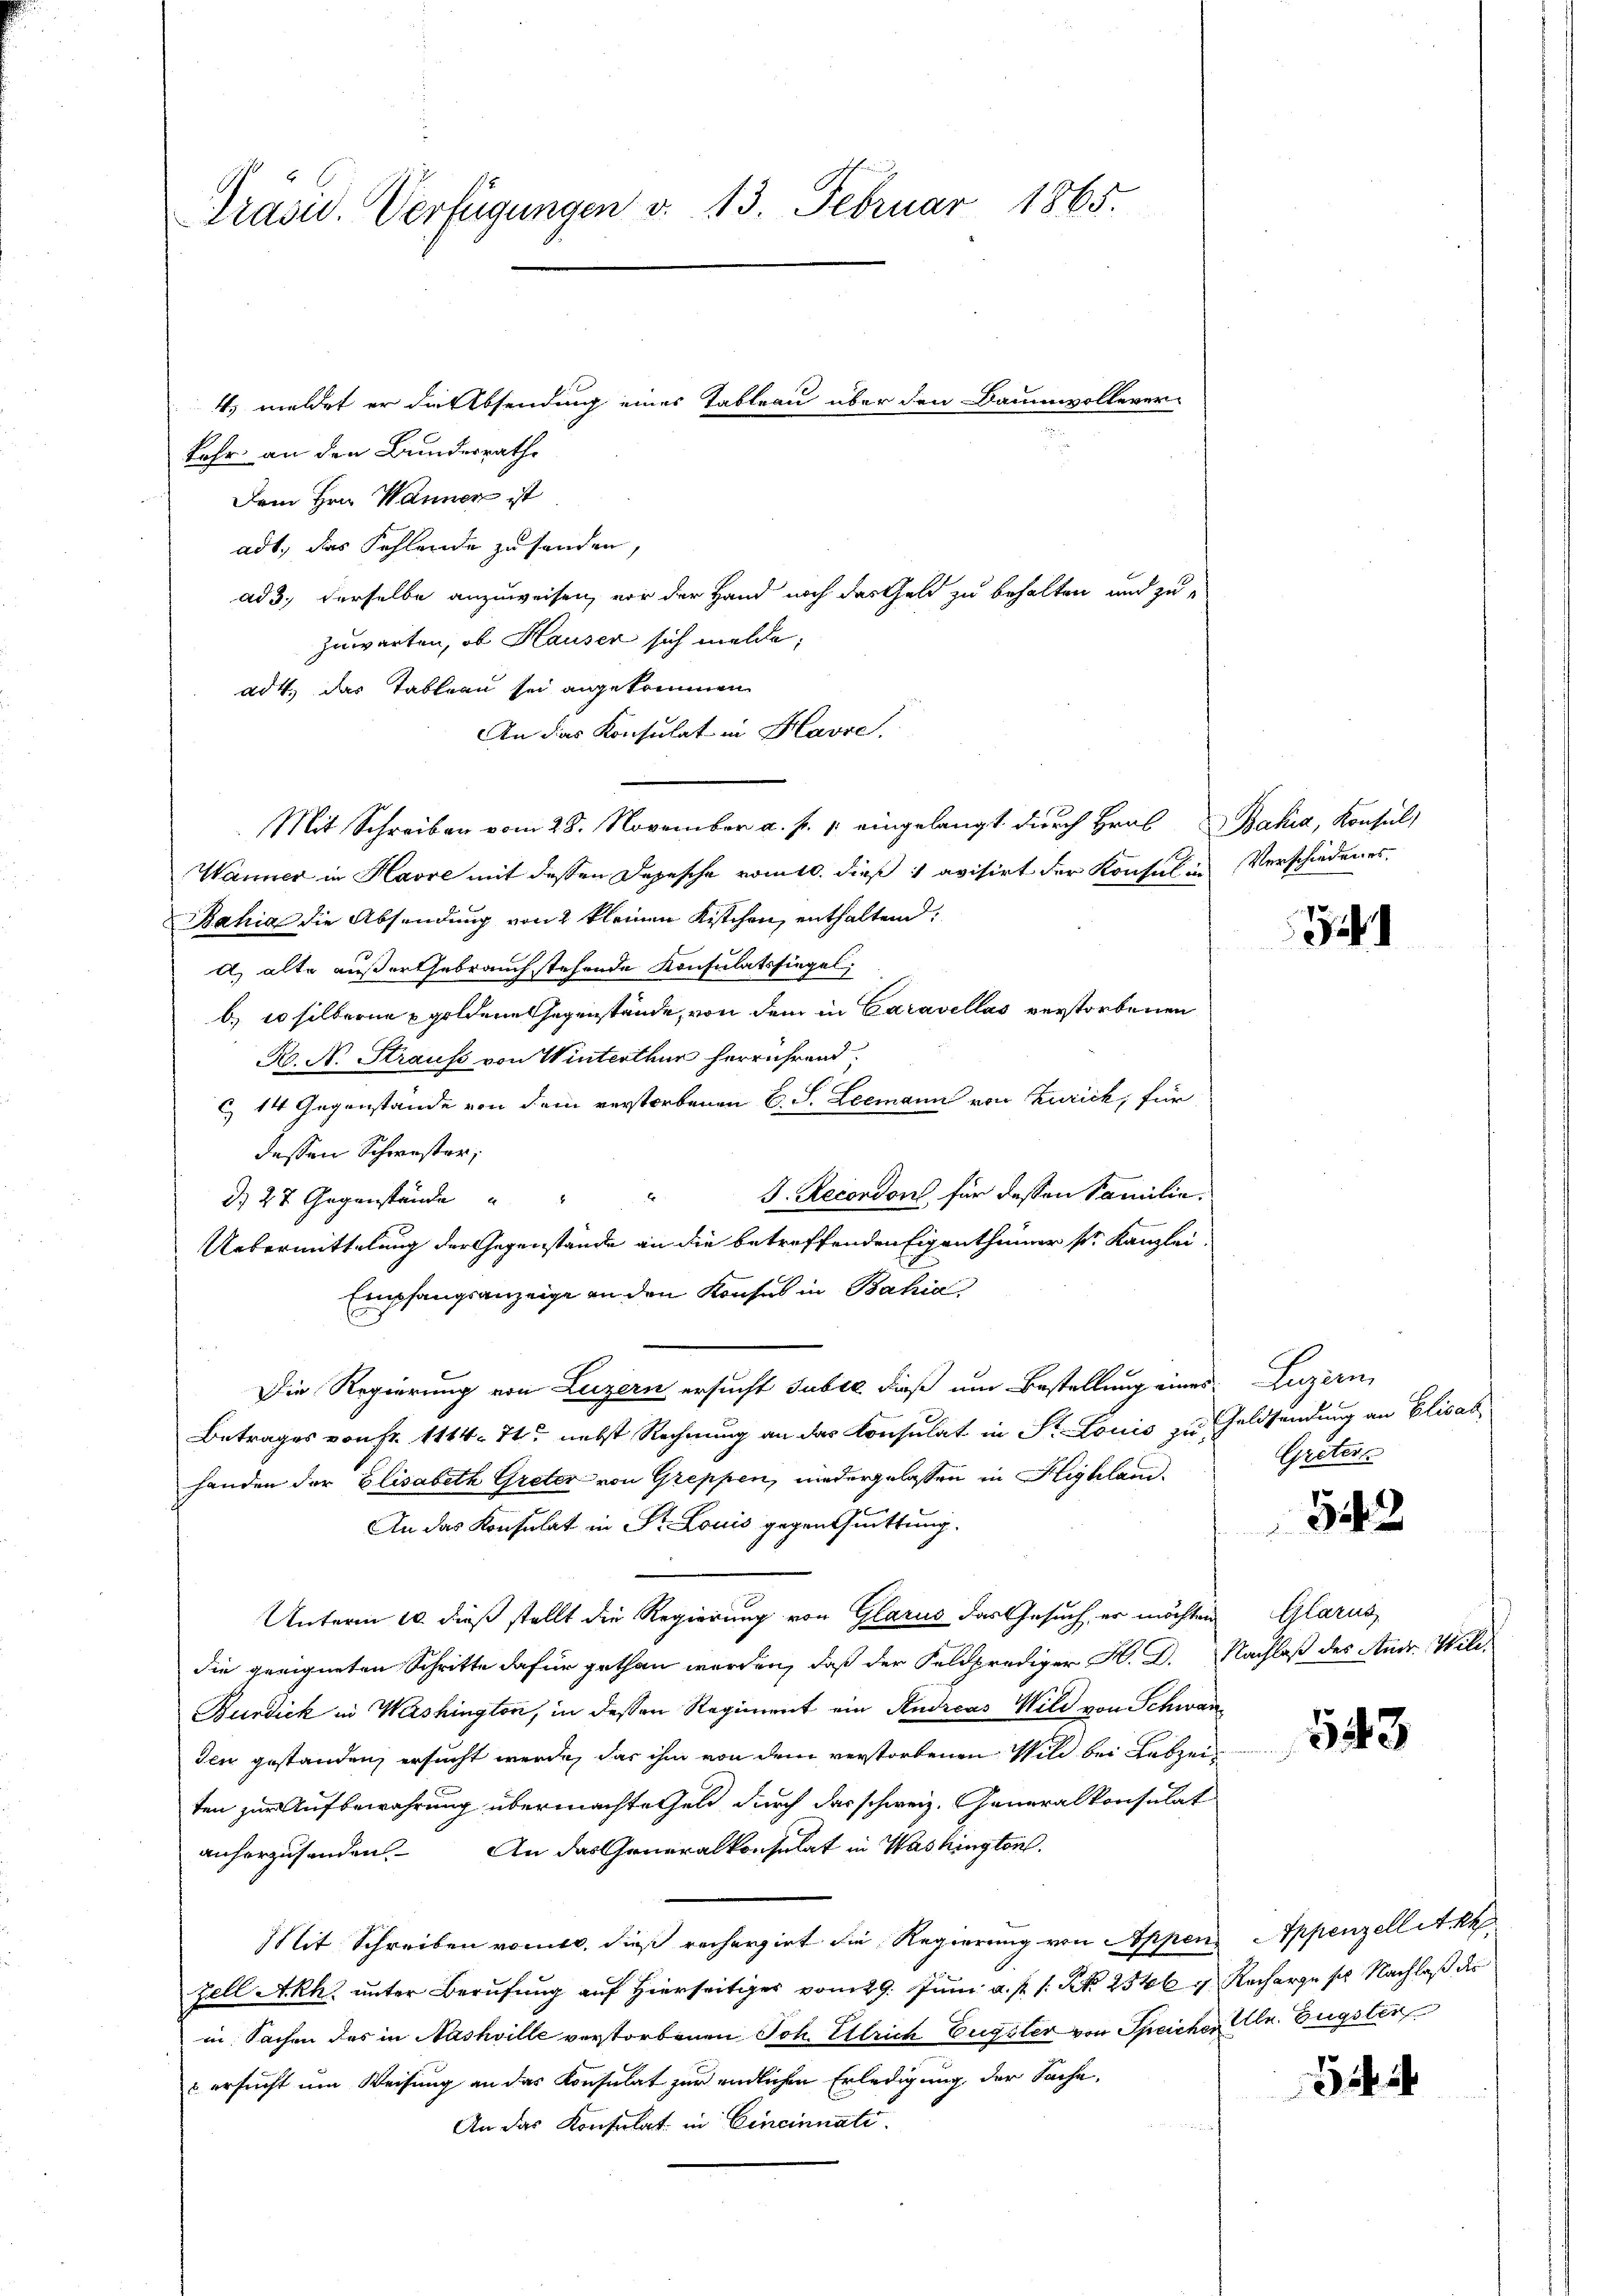
Präsid. Verfügungen d. 13. Februar 1865.

kehr an den Bundesrathe
Dem Hrn. Wanner ist
adt, das Fehlende zu senden,
ad3; derselbe anzuweisen, vor der Hand noch das Geld zu behalten und zu
Zuwarten, ob Hauser sich melde;
ad 4. das Tableau sei angekommen
An das Konsulat in Havre.
Mit Schreiben vom 28. November a. p. 1. eingelangt durch Hral Bahia, Konsul
Wanner in Havre mit dessen Depesche vom 10. dieß 1 avisirt der Konsul in Verschiedenes,
Bahia die Absendung von 2 kleinen Kistchen, enthaltend:
A. alte außertebrauch stehende Konsulatssiegel.
b. 10 silberne goldene Gegenstände, von dem in Caravellas verstorbenen
N. N. Straufs von Winterthur herrührend,
c 14 Gegenstände von dem verstorbenen C. S. Leemann von Zürich, für
dessen Schwester,
d. 27 Gegenstände  "           "                "  J. Recondon, für dessen Familie.
Uebermittelung der Gegenstände an die betreffenden Eigenthümer ser Kanzlei
Empfangsanzeige an den Konsul in Bahia,
Die Regierung von Luzern ersucht subte dieß um Bestellung eines Luzern,
Betrages von Fr. 1114. 71. nebst Rechnung an das Konsulat in St. Louis zu Geldsendung an Elisab
handen der Elisabeth Greter von Greppen, niedergelassen in Highlan¬
An das Konsulat in Dr. Louis gegentuittung.
Unterm 10. dieß stellt die Regierung von Glarus das Gesuch, er möchten
die geeigneten Schritte dafür gethan werden, daß der Feldprediger H. D. Nachlaß des Andr. Wild¬
Burdick in Washington, in deßen Regiment ein Studieas Wild von Schwanden gestanden, ersucht werde, das ihm von dem verstorbenen Wild bei Lebzei
ten zur Aufbewahrung übermachte Geld durch das schweiz. Generalkonsulat
anherzusenden. An das Generalkonsulat in Washington.
Mit Schreiben vomes, dieß rechergiert die Regierung von Appen Appenzell A. Rh.
zell A.Rh. unter Berufung auf Hierseitiger vom 29. Juni a. p. 1. N. 2546 g Recharge sich Nachlaß der
in Sachen des in Nashville verstorbenen Joh. Ulrich Engeler von Speicher Ulr. Eugster
 ersucht um Weisung an das Konsulat zur endlichen Erledigung der Sache,
An das Konsulat in Eineinnati

4. meldet er die Absendung eines Tableau über den Baumwollever-

54

Greter

52

Glarus

543

Schi